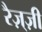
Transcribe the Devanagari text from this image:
रैज़्ज़ी